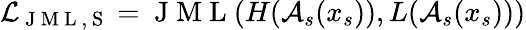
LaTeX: \mathcal{L}_{\mathrm{~J~M~L~,~S~}}=\mathrm{~J~M~L~}(H(\mathcal{A}_{s}(x_{s})),L(\mathcal{A}_{s}(x_{s})))